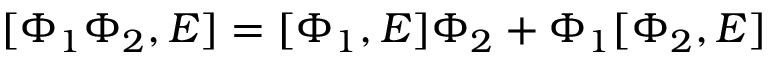
[ \Phi _ { 1 } \Phi _ { 2 } , E ] = [ \Phi _ { 1 } , E ] \Phi _ { 2 } + \Phi _ { 1 } [ \Phi _ { 2 } , E ]